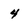
Character: 4